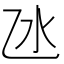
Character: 氹